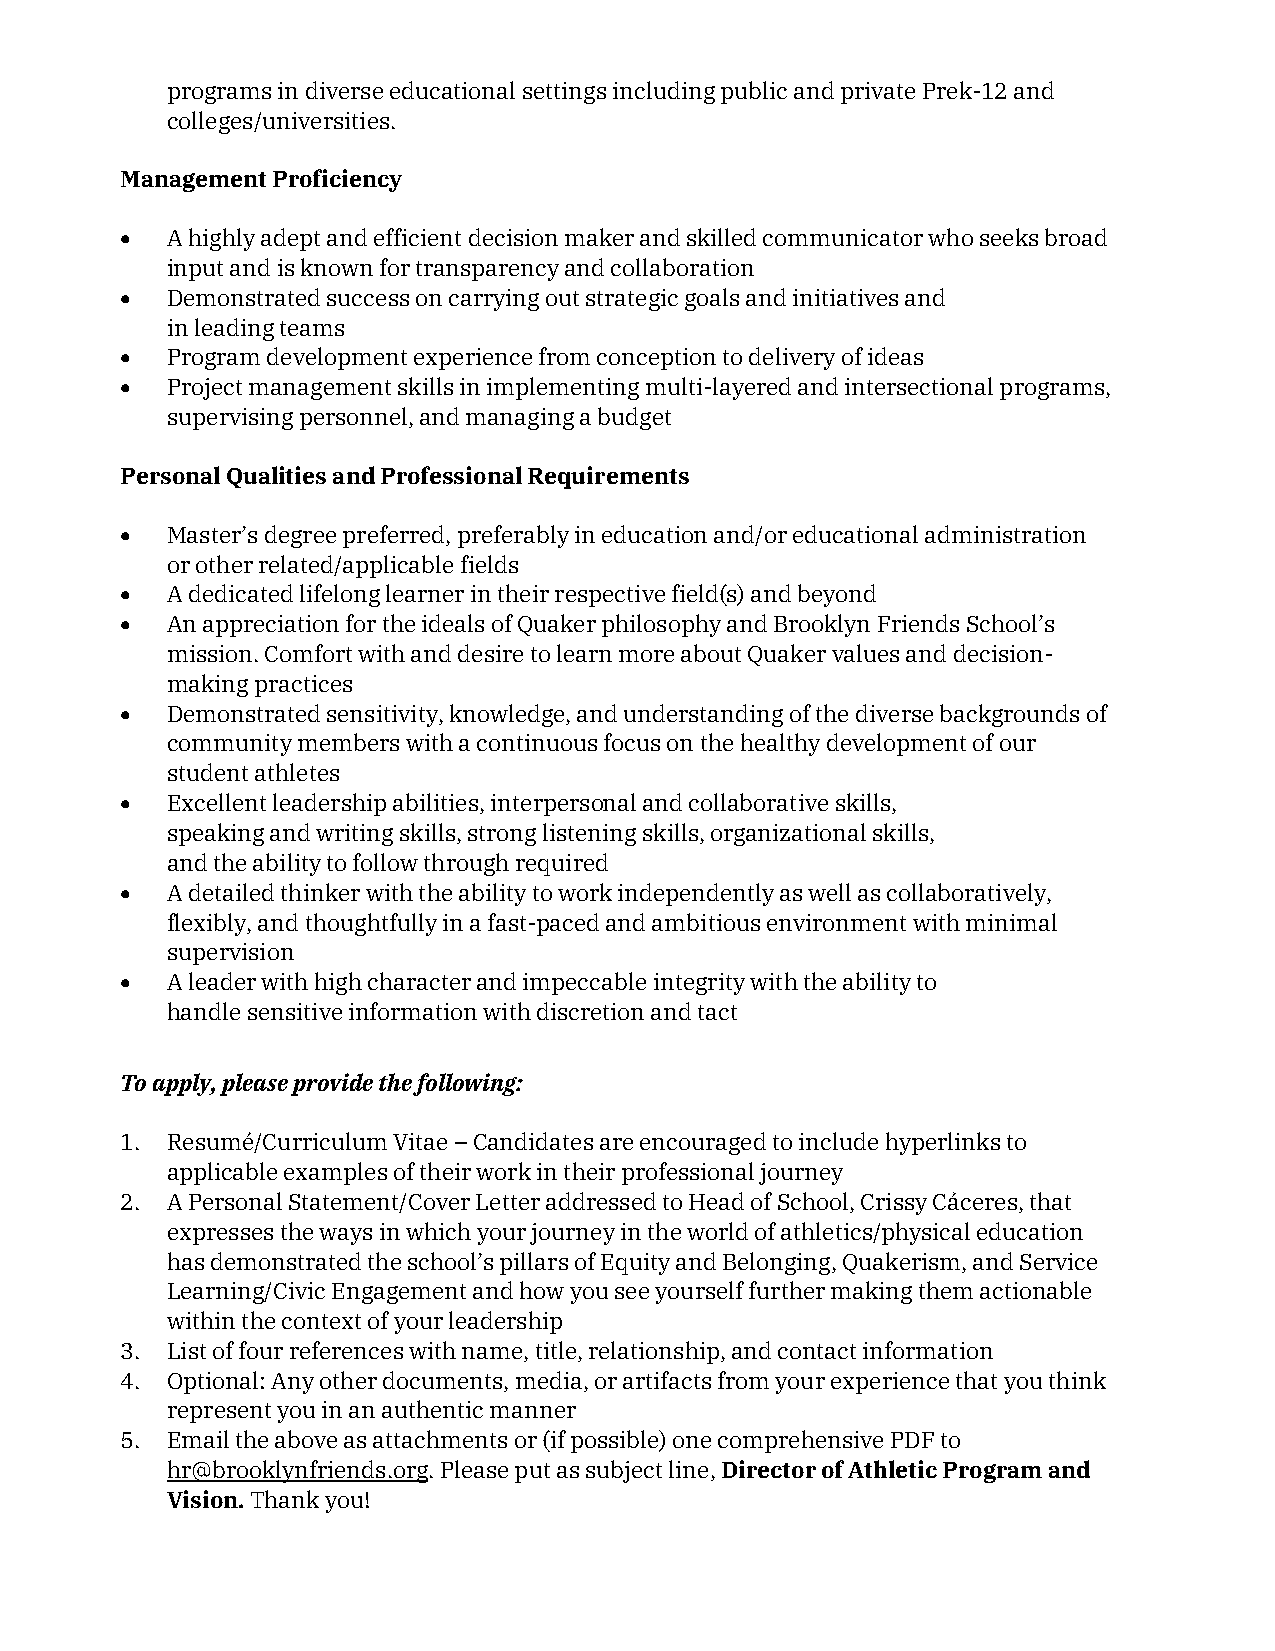
programs in diverse educational settings including public and private Prek-12 and
 colleges/universities.
 Management Proficiency
 •  A highly adept and efficient decision maker and skilled communicator who seeks broad
 input and is known for transparency and collaboration
 •  Demonstrated success on carrying out strategic goals and initiatives and
 in leading teams
 •  Program development experience from conception to delivery of ideas
 •  Project management skills in implementing multi-layered and intersectional programs,
 supervising personnel, and managing a budget
 Personal Qualities and Professional Requirements
 •  Master’s degree preferred, preferably in education and/or educational administration
 or other related/applicable fields
 •  A dedicated lifelong learner in their respective field(s) and beyond
 •  An appreciation for the ideals of Quaker philosophy and Brooklyn Friends School’s
 mission. Comfort with and desire to learn more about Quaker values and decision-
 making practices
 •  Demonstrated sensitivity, knowledge, and understanding of the diverse backgrounds of
 community members with a continuous focus on the healthy development of our
 student athletes
 •  Excellent leadership abilities, interpersonal and collaborative skills,
 speaking and writing skills, strong listening skills, organizational skills,
 and the ability to follow through required
 •  A detailed thinker with the ability to work independently as well as collaboratively,
 flexibly, and thoughtfully in a fast-paced and ambitious environment with minimal
 supervision
 •  A leader with high character and impeccable integrity with the ability to
 handle sensitive information with discretion and tact
 To apply, please provide the following:
 1. Resumé/Curriculum Vitae – Candidates are encouraged to include hyperlinks to
 applicable examples of their work in their professional journey
 2. A Personal Statement/Cover Letter addressed to Head of School, Crissy Cáceres, that
 expresses the ways in which your journey in the world of athletics/physical education
 has demonstrated the school’s pillars of Equity and Belonging, Quakerism, and Service
 Learning/Civic Engagement and how you see yourself further making them actionable
 within the context of your leadership
 3. List of four references with name, title, relationship, and contact information
 4. Optional: Any other documents, media, or artifacts from your experience that you think
 represent you in an authentic manner
 5. Email the above as attachments or (if possible) one comprehensive PDF to
 hr@brooklynfriends.org. Please put as subject line, Director of Athletic Program and
 Vision. Thank you!